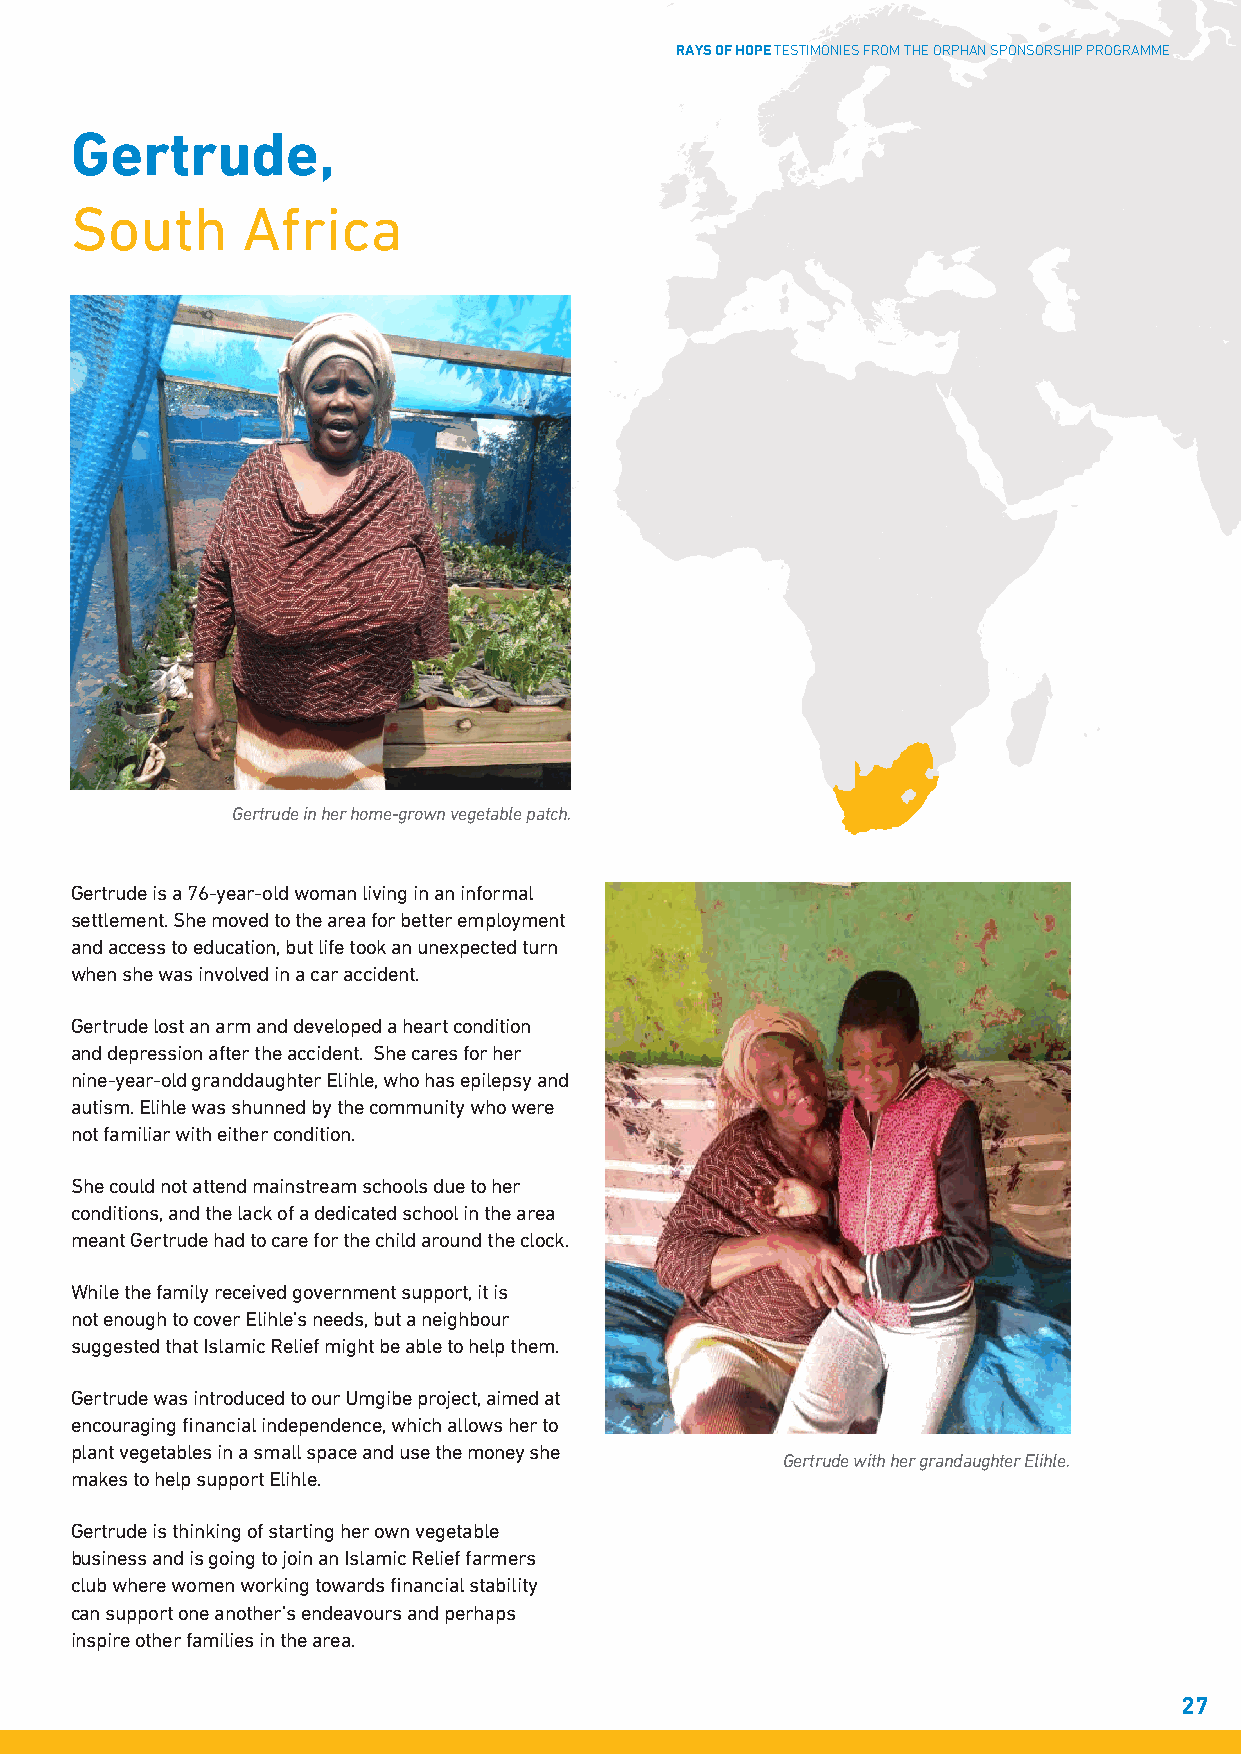
RAYS OF HOPE TESTIMONIES FROM THE ORPHAN SPONSORSHIP PROGRAMME
 Gertrude,
 South      Africa
 Gertrude in her home-grown vegetable patch.
 Gertrude is a 76-year-old woman living in an informal
 settlement. She moved to the area for better employment
 and access to education, but life took an unexpected turn
 when she was involved in a car accident.
 Gertrude lost an arm and developed a heart condition
 and depression after the accident. She cares for her
 nine-year-old granddaughter Elihle, who has epilepsy and
 autism. Elihle was shunned by the community who were
 not familiar with either condition.
 She could not attend mainstream schools due to her
 conditions, and the lack of a dedicated school in the area
 meant Gertrude had to care for the child around the clock.
 While the family received government support, it is
 not enough to cover Elihle’s needs, but a neighbour
 suggested that Islamic Relief might be able to help them.
 Gertrude was introduced to our Umgibe project, aimed at
 encouraging financial independence, which allows her to
 plant vegetables in a small space and use the money she
 Gertrude with her grandaughter Elihle.
 makes to help support Elihle.
 Gertrude is thinking of starting her own vegetable
 business and is going to join an Islamic Relief farmers
 club where women working towards financial stability
 can support one another’s endeavours and perhaps
 inspire other families in the area.
 27